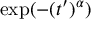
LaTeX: \exp ( - ( t ^ { \prime } ) ^ { \alpha } )